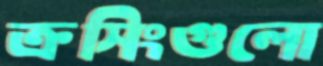
ক্রসিংগুলো